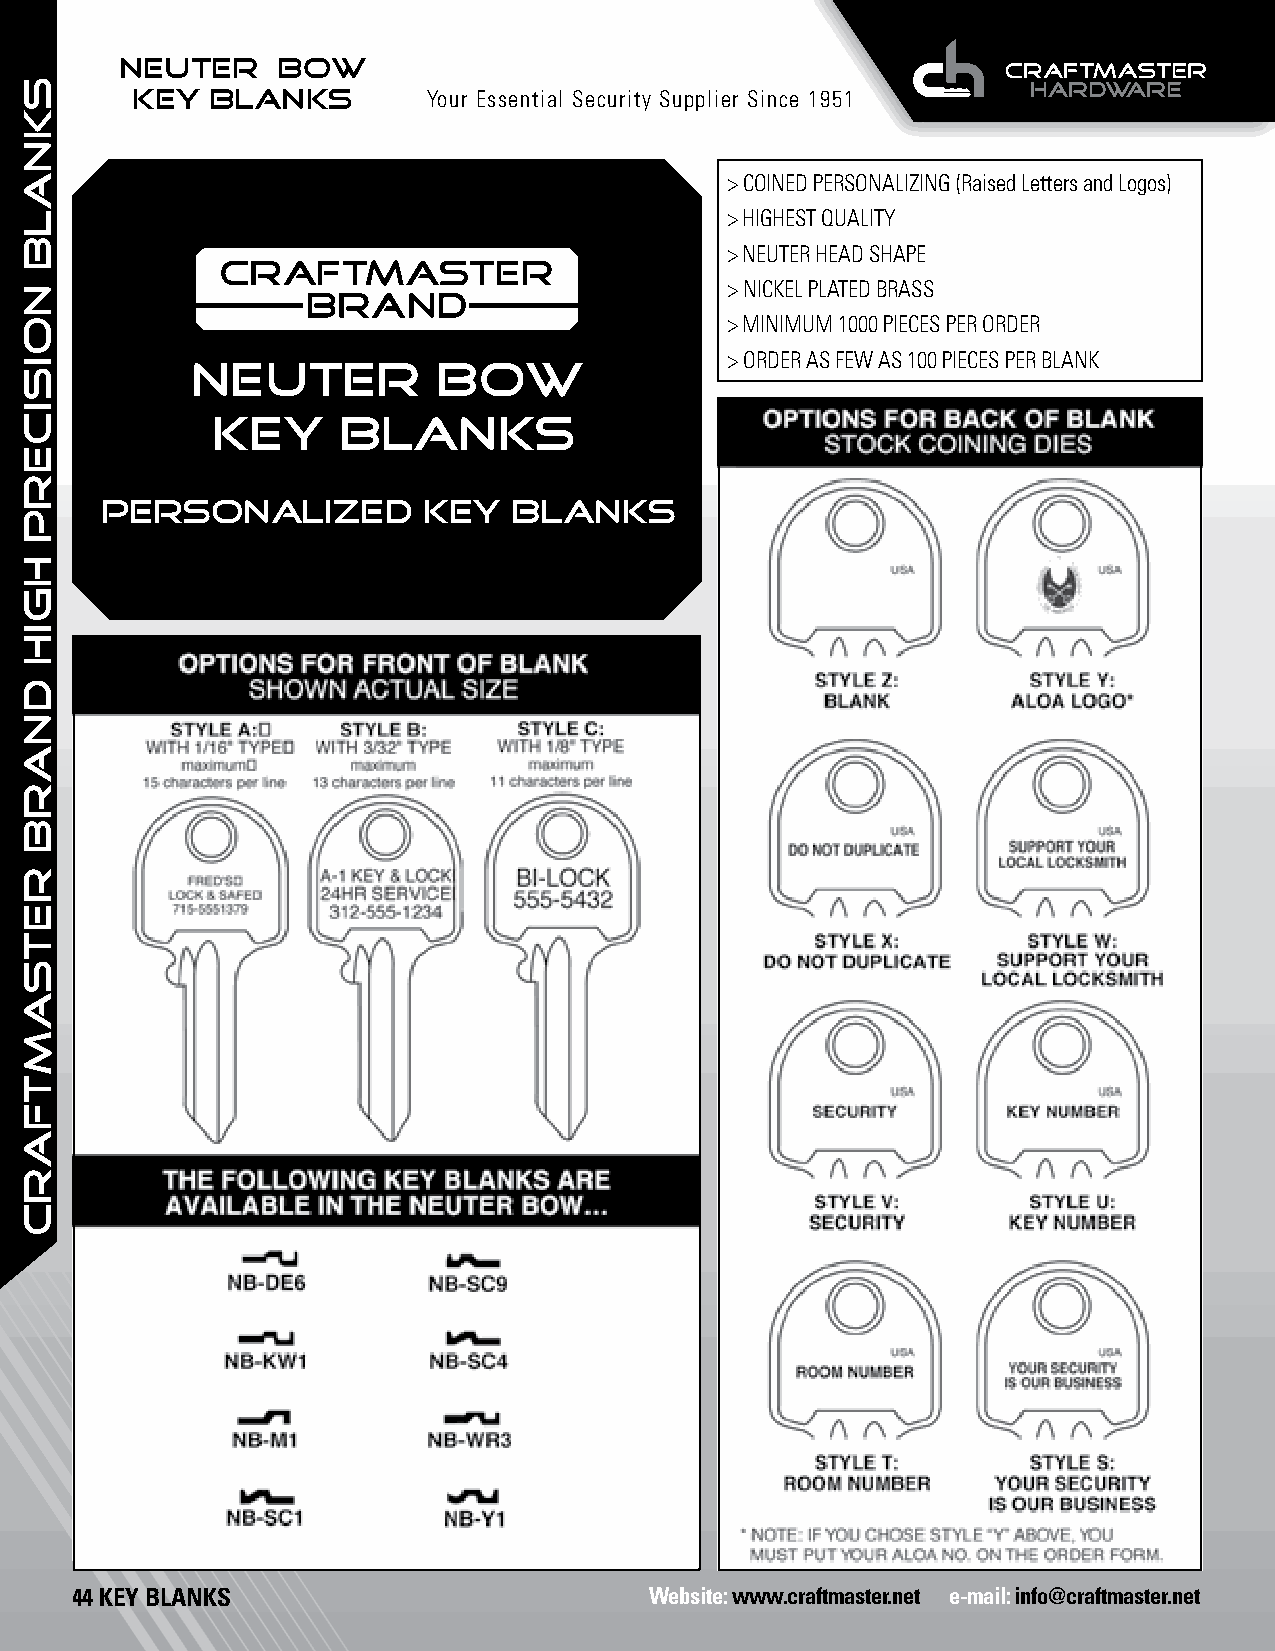
NEUTER    BOW
 KEY  BLANKS        Your Essential Security Supplier Since 1951
 > COINED PERSONALIZING (Raised Letters and Logos)
 > HIGHEST QUALITY
 > NEUTER HEAD SHAPE
 > NICKEL PLATED BRASS
 > MINIMUM 1000 PIECES PER ORDER
 > ORDER AS FEW AS 100 PIECES PER BLANK
 NEUTER          BOW
 KEY     BLANKS
 PERSONALIZED         KEY   BLANKS
 44 KEY BLANKS                         Website: www.craftmaster.net e-mail: info@craftmaster.net
 SKNALB
 NOISICERP
 HGIH
 dnarb
 retsamtfarc